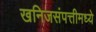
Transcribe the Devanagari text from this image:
खनिजसंपत्तीमध्ये